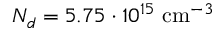
N _ { d } = 5 . 7 5 \cdot 1 0 ^ { 1 5 } \ensuremath { ~ \mathrm { c m } ^ { - 3 } }